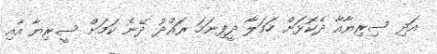
އަދި ސިރިޔާއާ ދެކޮޅަށް ހަމަލާ ދީފިނަމަ ރައްދު ދޭނެ ކަމަށް ސީރިޔާ އާއި